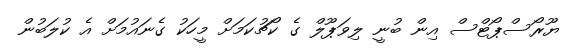
ޔޫރޯސްޕޯޓްސް އިން ބުނީ ލިވަޕޫލް ގެ ކޯޗުކަމަށް މީހަކު ގެނައުމަށް އެ ކުލަބުން